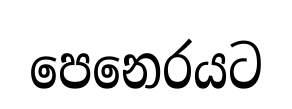
පෙනෙරයට